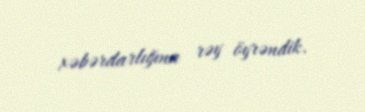
xəbərdarlığına rəy öyrəndik.